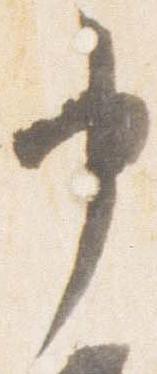
申